Indian journal of veterinary science and animal husbandry - Volume 6,
Year: 1936
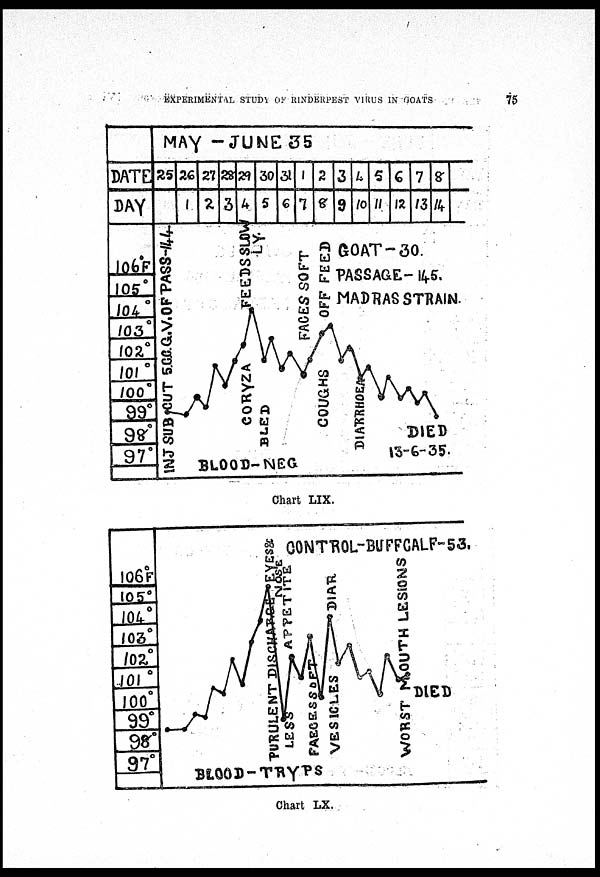
EXPERIMENTAL STUDY OF RINDERPEST VIRUS IN GOATS
75
Chart LIX.
Chart LX.